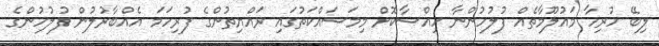
ލިބޭ ހުރިހާ މައުލޫމާތެއް ފުލުހުންނާ ހިއްސާކޮށް މިމަސައްކަތުގައި ރައްޔިތުންގެ ފުރިހަމަ އެއްބާރުލުން ފުލުހުންގެ